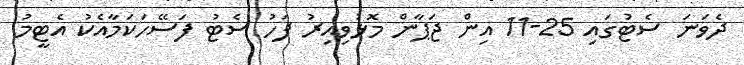
ދެވަނަ ސެޓުގައި 25-11 އިން ޖަޕާން މޮޅުވިއިރު ފަހު ސެޓު ފަސޭހަކަމާއެކު އެޓީމު